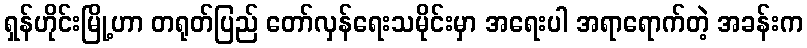
ရှန်ဟိုင်းမြို့ဟာ တရုတ်ပြည် တော်လှန်ရေးသမိုင်းမှာ အရေးပါ အရာရောက်တဲ့ အခန်းက